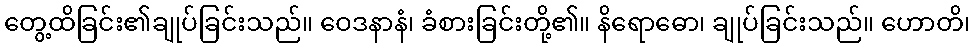
တွေ့ထိခြင်း၏ချုပ်ခြင်းသည်။ ဝေဒနာနံ၊ ခံစားခြင်းတို့၏။ နိရောဓော၊ ချုပ်ခြင်းသည်။ ဟောတိ၊